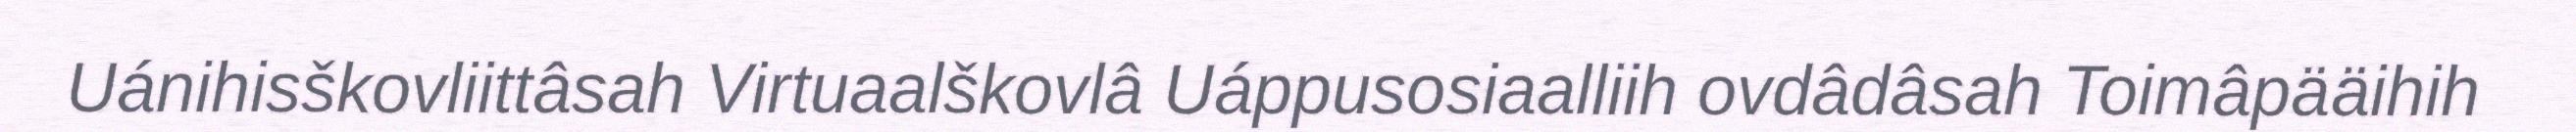
Uánihisškovliittâsah Virtuaalškovlâ Uáppusosiaalliih ovdâdâsah Toimâpääihih